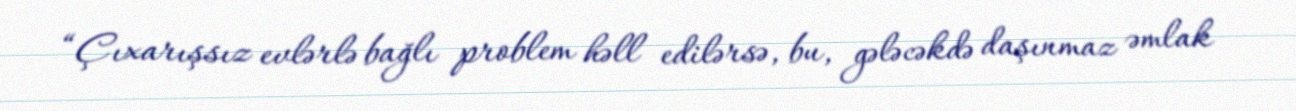
“Çıxarışsız evlərlə bağlı problem həll edilərsə, bu, gələcəkdə daşınmaz əmlak